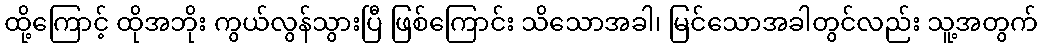
ထို့ကြောင့် ထိုအဘိုး ကွယ်လွန်သွားပြီ ဖြစ်ကြောင်း သိသောအခါ၊ မြင်သောအခါတွင်လည်း သူ့အတွက်